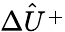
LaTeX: \hat{\Delta U^{+}}